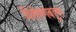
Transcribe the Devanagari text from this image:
विशेषणबहुल